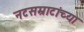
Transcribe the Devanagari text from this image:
नटसम्राटांच्या